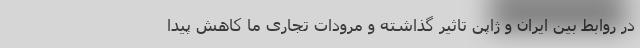
در روابط بین ایران و ژاپن تاثیر گذاشته و مرودات تجاری ما کاهش پیدا